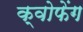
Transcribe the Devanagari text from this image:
क्वोफेंग